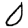
Digit: 0